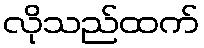
လိုသည်ထက်